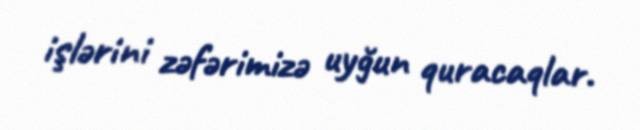
işlərini zəfərimizə uyğun quracaqlar.